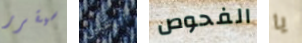
سيقرر أترغبين الفحوص يا